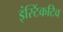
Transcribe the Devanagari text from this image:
इंस्टिंकटिव